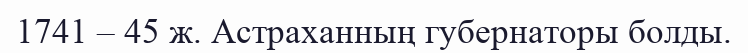
1741 – 45 ж. Астраханның губернаторы болды.